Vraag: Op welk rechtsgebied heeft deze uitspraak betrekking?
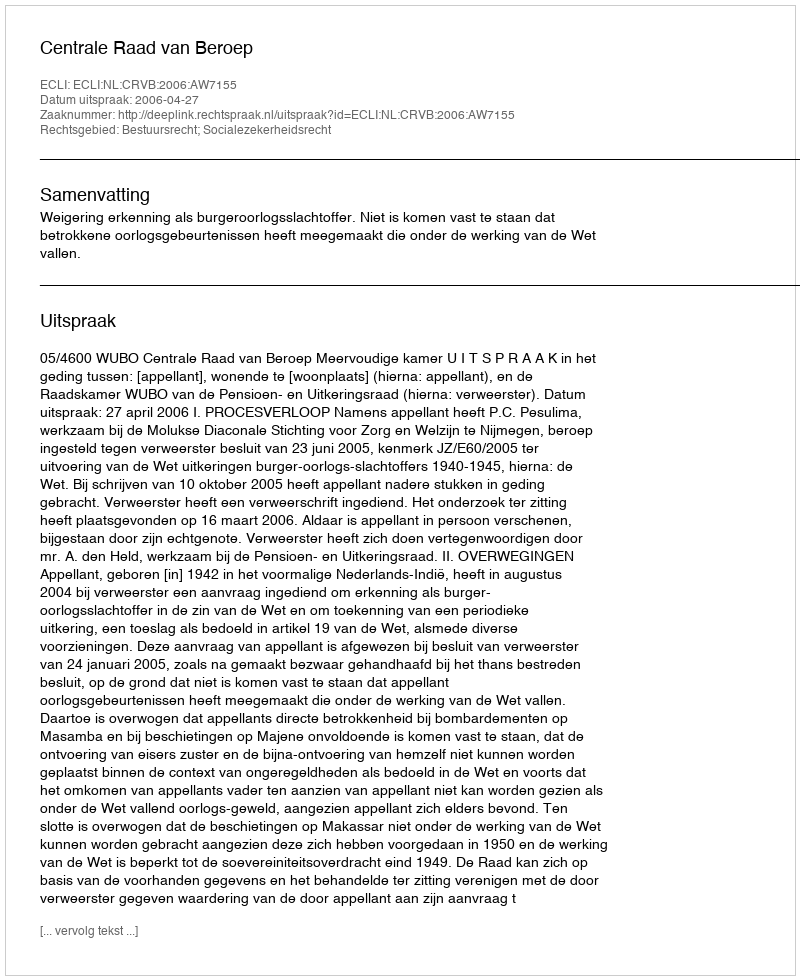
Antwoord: Bestuursrecht; Socialezekerheidsrecht